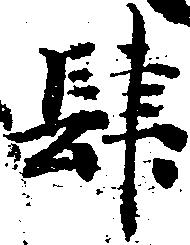
肆